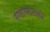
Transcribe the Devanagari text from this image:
साहाय्यासाठी